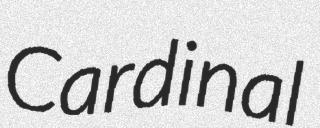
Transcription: Cardinal